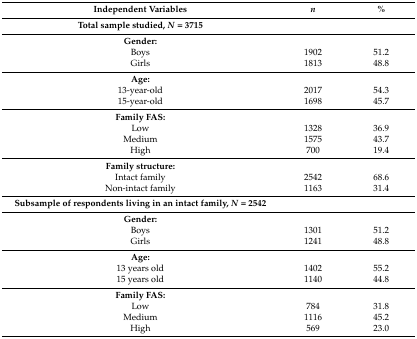
<table><thead><tr><td><b>Independent Variables</b></td><td><b><i>n</i></b></td><td><b>%</b></td></tr><tr><td><b>Total sample studied, <i>N</i> = 3715</b></td><td></td><td></td></tr></thead><tbody><tr><td><b>Gender:</b></td><td></td><td></td></tr><tr><td>Boys</td><td>1902</td><td>51.2</td></tr><tr><td>Girls</td><td>1813</td><td>48.8</td></tr><tr><td><b>Age:</b></td><td></td><td></td></tr><tr><td>13-year-old</td><td>2017</td><td>54.3</td></tr><tr><td>15-year-old</td><td>1698</td><td>45.7</td></tr><tr><td><b>Family FAS:</b></td><td></td><td></td></tr><tr><td>Low</td><td>1328</td><td>36.9</td></tr><tr><td>Medium</td><td>1575</td><td>43.7</td></tr><tr><td>High</td><td>700</td><td>19.4</td></tr><tr><td><b>Family structure:</b></td><td></td><td></td></tr><tr><td>Intact family</td><td>2542</td><td>68.6</td></tr><tr><td>Non-intact family</td><td>1163</td><td>31.4</td></tr><tr><td><b>Subsample of respondents living in an intact family, <i>N</i> = 2542</b></td><td></td><td></td></tr><tr><td><b>Gender:</b></td><td></td><td></td></tr><tr><td>Boys</td><td>1301</td><td>51.2</td></tr><tr><td>Girls</td><td>1241</td><td>48.8</td></tr><tr><td><b>Age:</b></td><td></td><td></td></tr><tr><td>13 years old</td><td>1402</td><td>55.2</td></tr><tr><td>15 years old</td><td>1140</td><td>44.8</td></tr><tr><td><b>Family FAS:</b></td><td></td><td></td></tr><tr><td>Low</td><td>784</td><td>31.8</td></tr><tr><td>Medium</td><td>1116</td><td>45.2</td></tr><tr><td>High</td><td>569</td><td>23.0</td></tr></tbody></table>